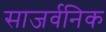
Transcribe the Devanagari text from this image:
साजर्वनिक